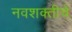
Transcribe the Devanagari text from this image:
नवशक्तीचे